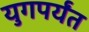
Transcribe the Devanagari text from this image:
युगपर्यंत